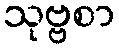
သုဗ္ဗစာ